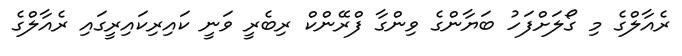
ރެއާލްގެ މި ގޯލަށްފަހު ބަޔާންގެ ވިންގާ ފްރޭންކް ރިބެރީ ވަނީ ކައިރިކައިރީގައި ރެއާލްގެ